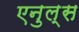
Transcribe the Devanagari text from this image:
एनुल्स